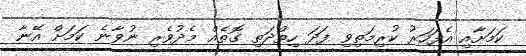
ކަމަށާއި އެފަހަރު ކުރިމަތިވި ފަދަ ހިތްދަތި ގޮތެއް މެދުވެރި ނުވާނެ ކަމަށް އޭނާ